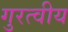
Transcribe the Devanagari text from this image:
गुरत्वीय